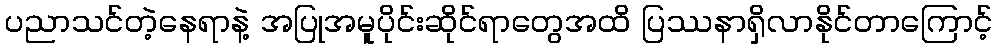
ပညာသင်တဲ့နေရာနဲ့ အပြုအမူပိုင်းဆိုင်ရာတွေအထိ ပြဿနာရှိလာနိုင်တာကြောင့်